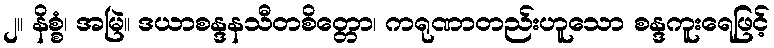
၂။ နိစ္စံ၊ အမြဲ။ ဒယာစန္ဒနသီတစိတ္တော၊ ကရုဏာတည်းဟူသော စန္ဒကူးရေဖြင့်